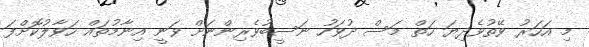
މި އަހަރު ވޭތުވެދިޔަ ހަތް މަސް ދުވަހު ނަސީބުވެރިންނަށް ވަނީ އިނާމުތައް ހަވާލުކޮށްފަ